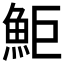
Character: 鮔